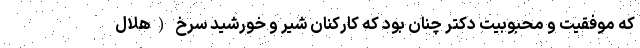
که موفقیت و محبوبیت دکتر چنان بود که کارکنان شیر و خورشید سرخ (هلال